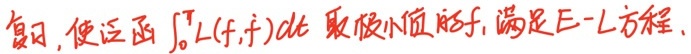
复习, 使泛函 $\int_{0}^{T} L(f, \dot{f}) d t$ 取极小值的 $f$, 满足 E - L 方程.